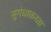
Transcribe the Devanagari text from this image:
सुगंधाकरता